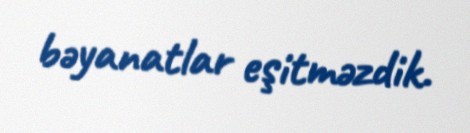
bəyanatlar eşitməzdik.